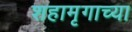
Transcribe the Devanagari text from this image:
शहामृगाच्या